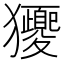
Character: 獿